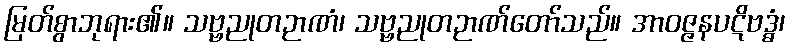
မြတ်စွာဘုရား၏။ သဗ္ဗညုတဉာဏံ၊ သဗ္ဗညုတဉာဏ်တော်သည်။ အာဝဇ္ဇနပဋိဗဒ္ဓံ၊